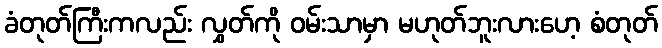
ခံတုတ်ကြီးကလည်း လွှတ်ကို ဝမ်းသာမှာ မဟုတ်ဘူးလားဟေ့ စံတုတ်